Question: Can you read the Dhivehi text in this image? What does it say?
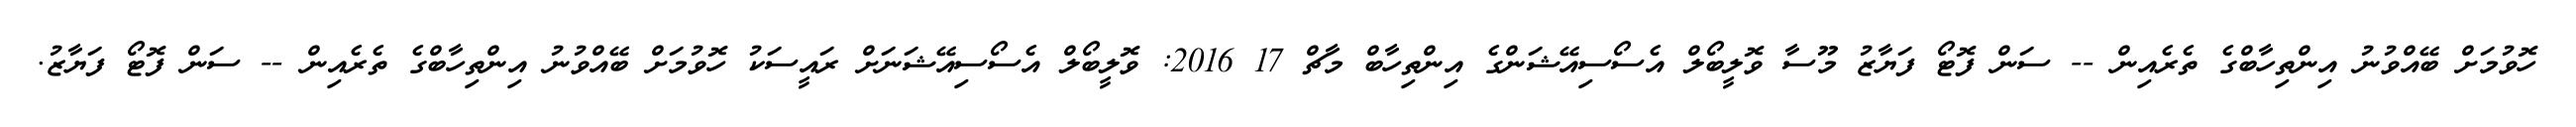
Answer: ހޮވުމަށް ބޭއްވުނު އިންތިހާބްގެ ތެރެއިން -- ސަން ފޮޓޯ ފަޔާޒު މޫސާ ވޮލީބޯލް އެސޯސިއޭޝަންގެ އިންތިހާބް މާޗް 17 2016: ވޮލީބޯލް އެސޯސިއޭޝަނަށް ރައީސަކު ހޮވުމަށް ބޭއްވުނު އިންތިހާބްގެ ތެރެއިން -- ސަން ފޮޓޯ ފަޔާޒު.